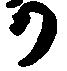
か